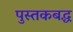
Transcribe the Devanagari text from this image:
पुस्तकबद्ध